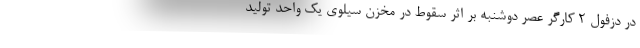
در دزفول ۲ کارگر عصر دوشنبه بر اثر سقوط در مخزن سیلوی یک واحد تولید